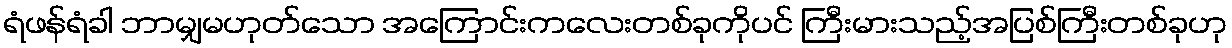
ရံဖန်ရံခါ ဘာမျှမဟုတ်သော အကြောင်းကလေးတစ်ခုကိုပင် ကြီးမားသည့်အပြစ်ကြီးတစ်ခုဟု